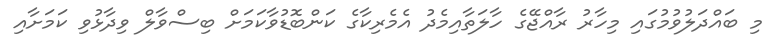
މި ބައްދަލުވުމުގައި މިހާރު ރާއްޖޭގެ ހާލަތާއިމެދު އެމެރިކާގެ ކަންބޮޑުވާކަމަށް ބިސްވާލް ވިދާޅުވި ކަމަށާއި